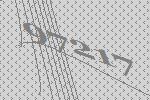
97217